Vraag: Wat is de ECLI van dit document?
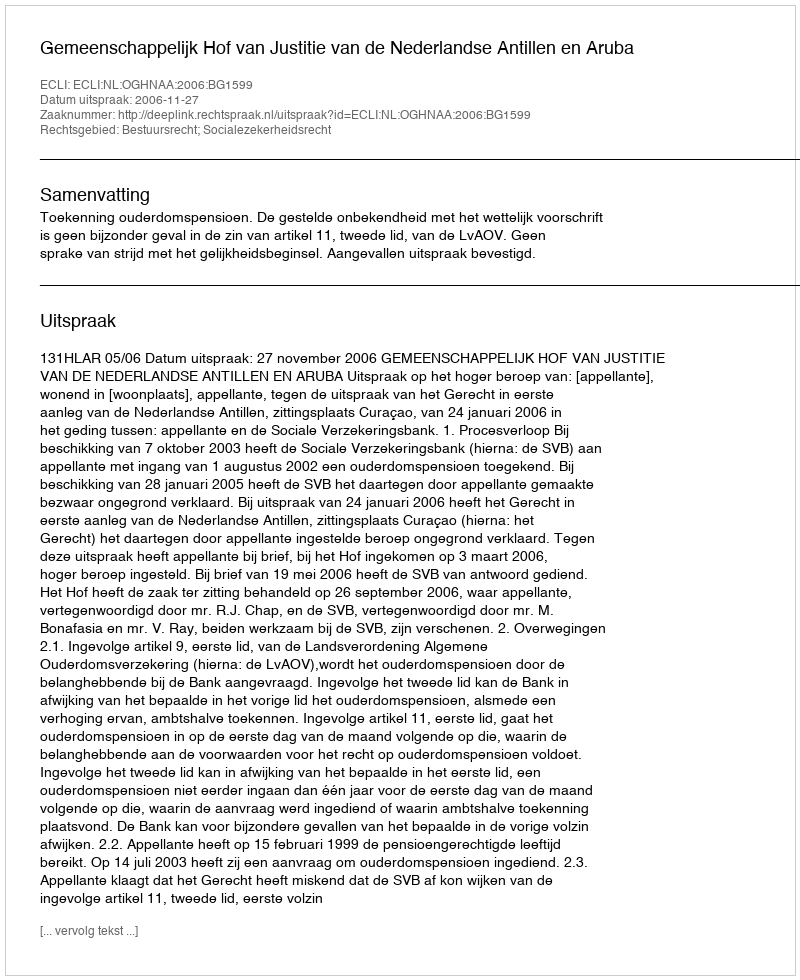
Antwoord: ECLI:NL:OGHNAA:2006:BG1599